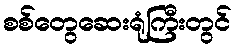
စစ်တွေဆေးရုံကြီးတွင်